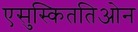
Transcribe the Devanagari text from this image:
एसुस्किततिओन